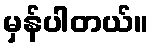
မှန်ပါတယ်။